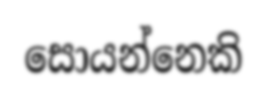
සොයන්නෙකි